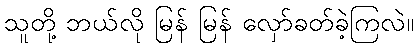
သူတို့ ဘယ်လို မြန် မြန် လှော်ခတ်ခဲ့ကြလဲ။